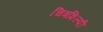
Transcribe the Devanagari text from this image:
चित्रशिल्पी